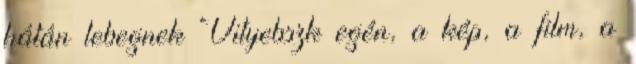
hátán lebegnek Vityebszk egén, a kép, a film, a